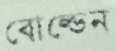
বোল্ডেন